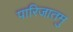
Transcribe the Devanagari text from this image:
पारिजातमु